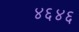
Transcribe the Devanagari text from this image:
४६४६